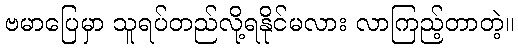
ဗမာပြေမှာ သူရပ်တည်လို့ရနိုင်မလား လာကြည့်တာတဲ့။